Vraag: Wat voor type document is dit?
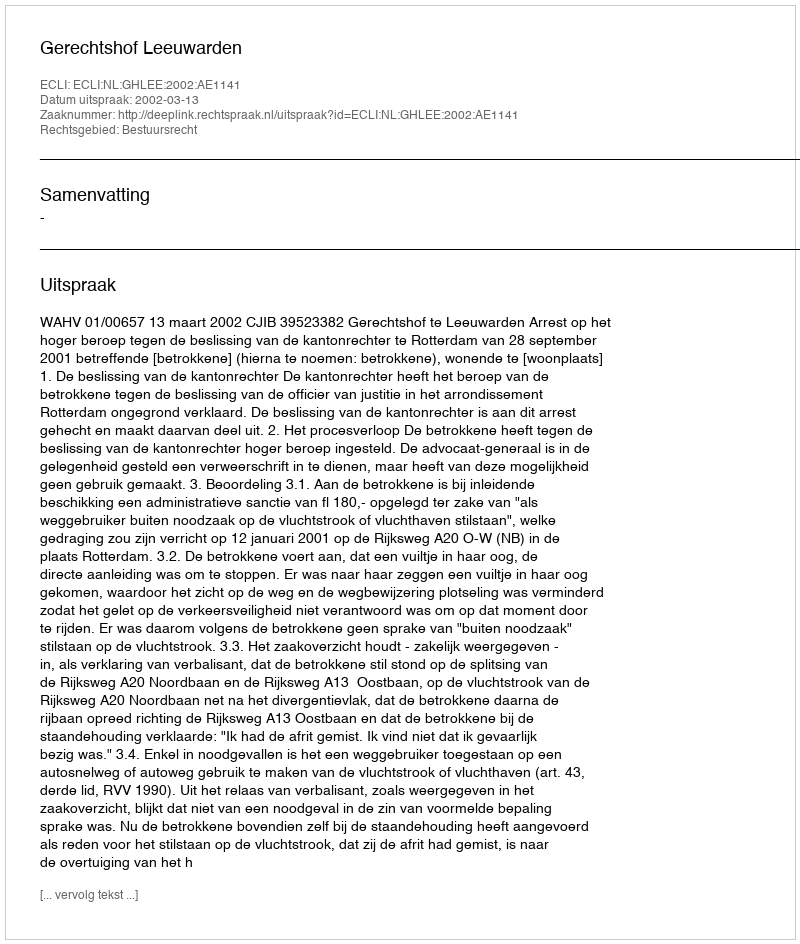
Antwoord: Uitspraak